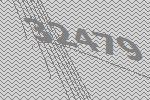
32479